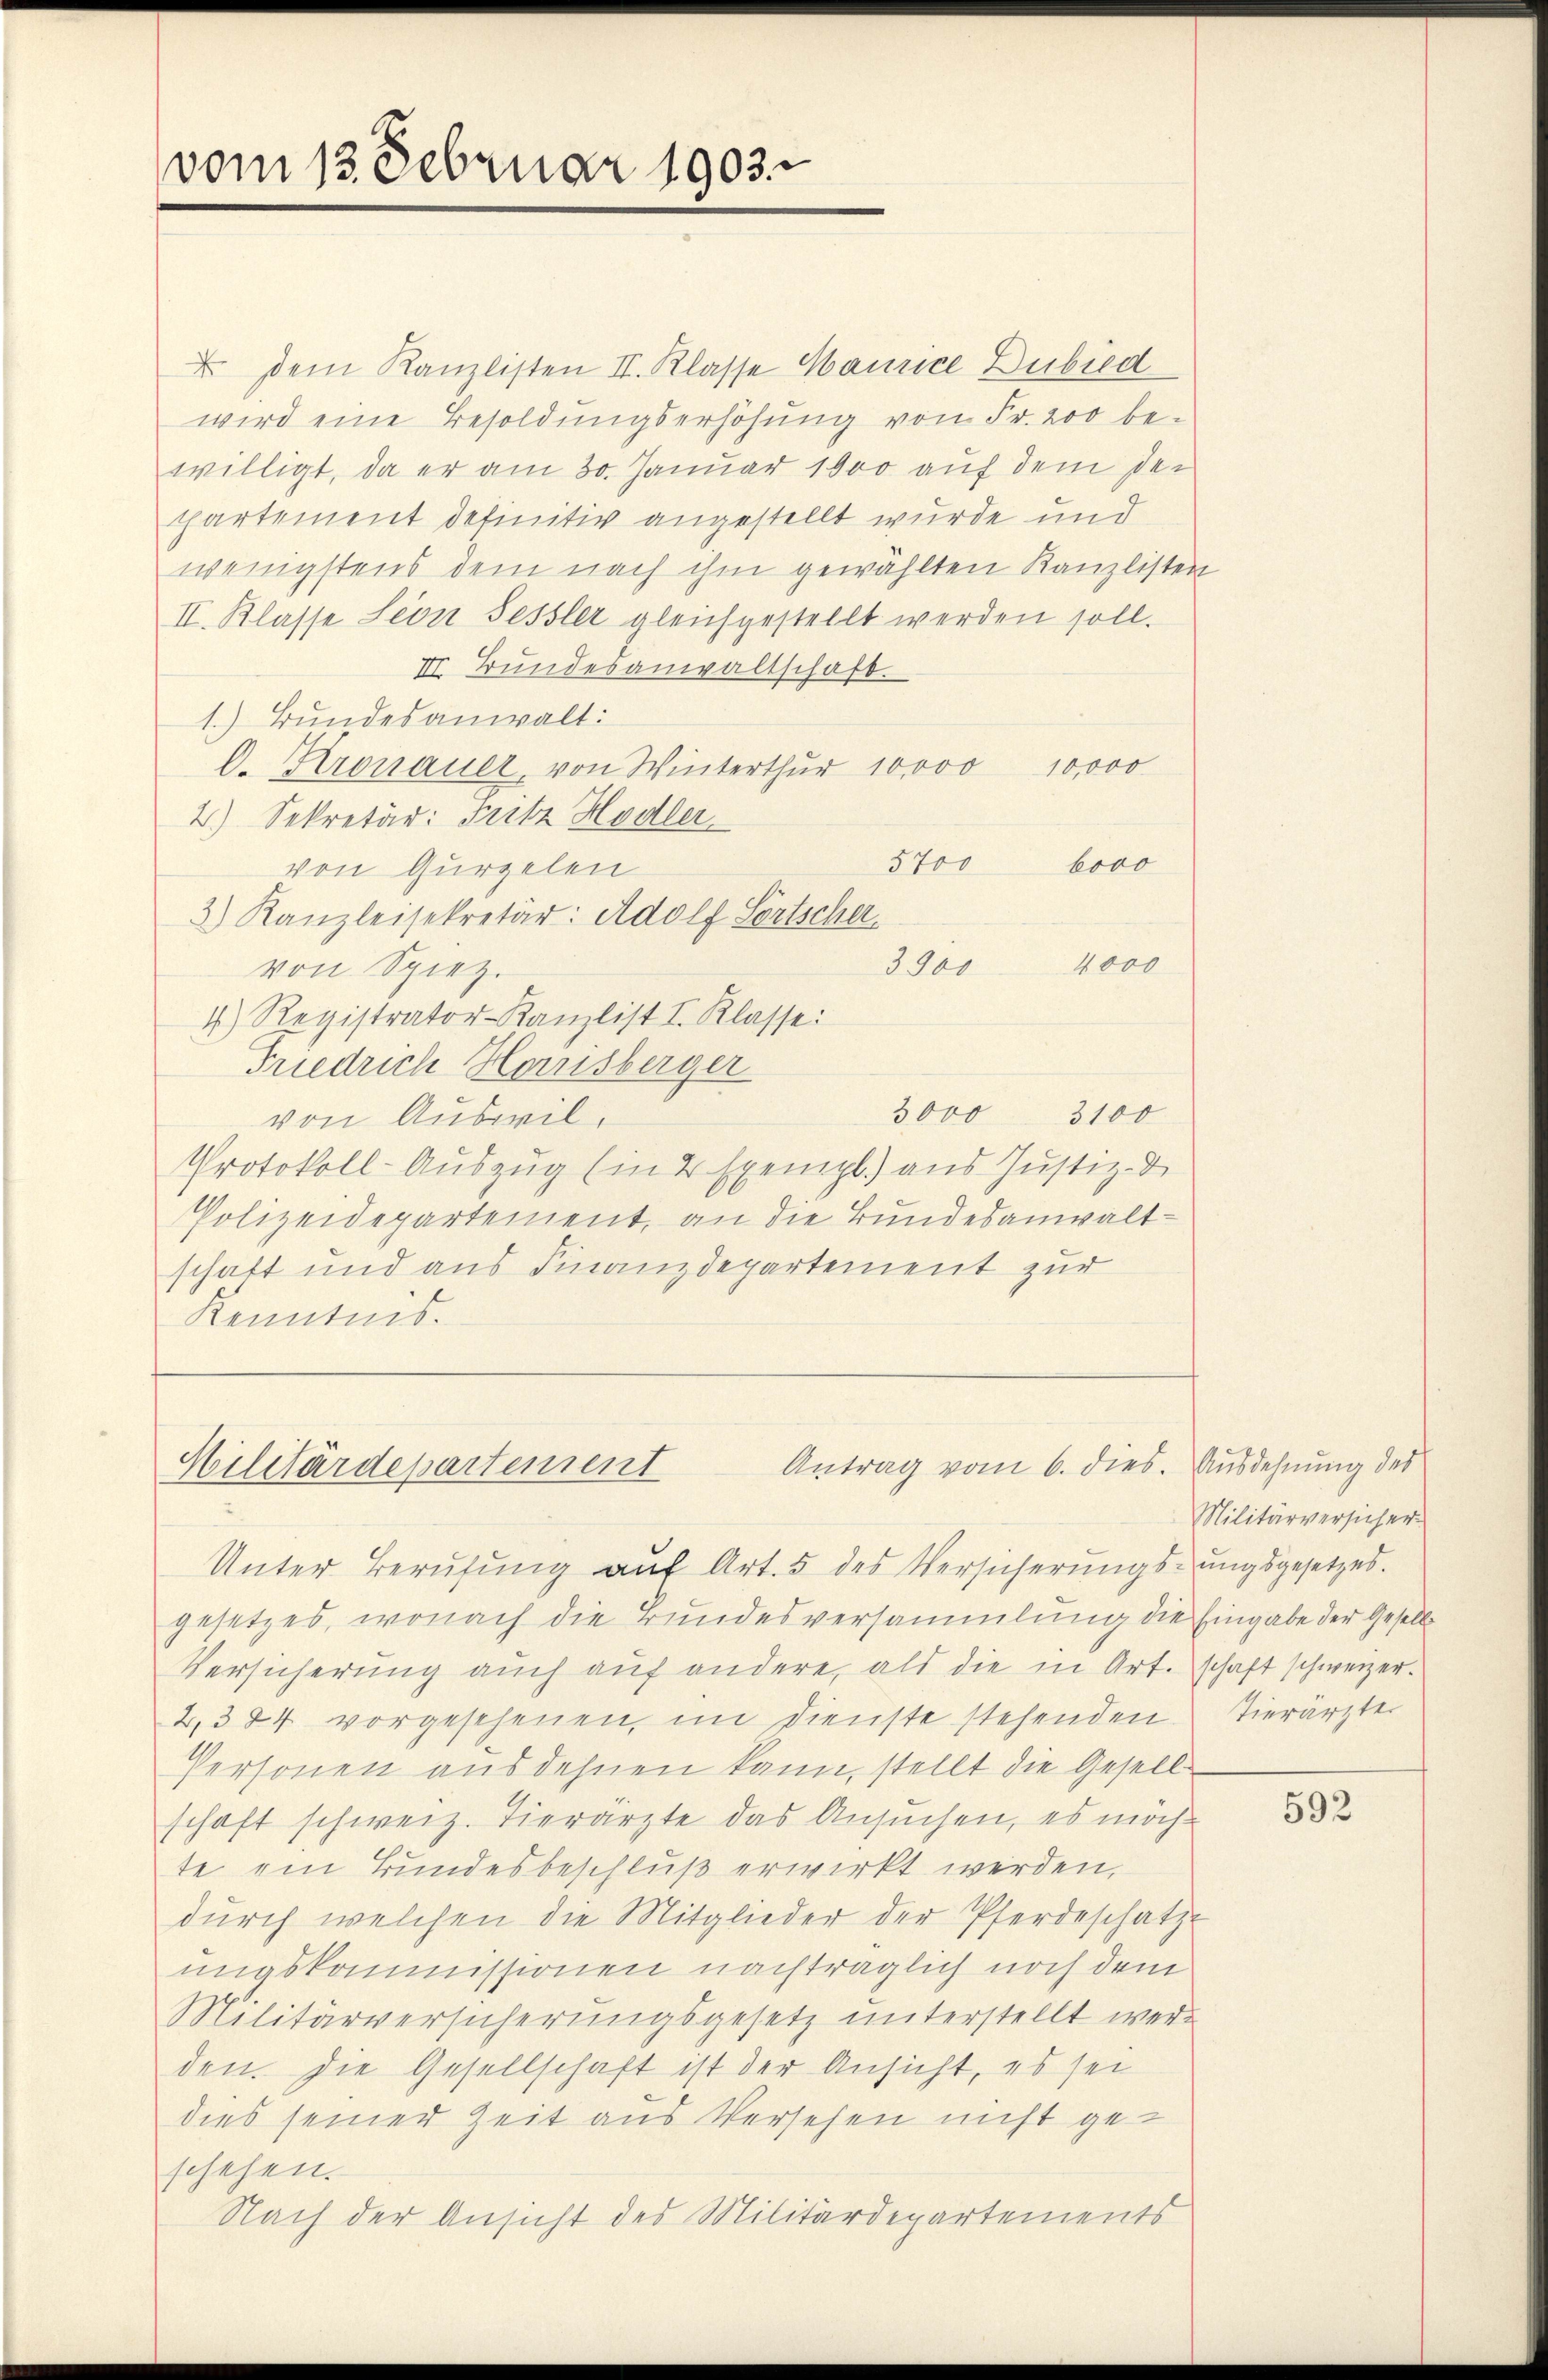
vom 13. Februar 1903.

dem Kanzlisten II. Klasse Maurice Dubied
wird eine Besoldungserhöhung von Fr. 200 be-
willigt, da er am 30. Januar 1900 auf dem der
chartement definitiv angestellt wurde und
wenigstens dem nach ihm gewählten Kanzlisten
II. Klasse Seon Sessler gleichgestellt werden soll.
III. Bundesanwaltschaft.
1.) Bundesanwalt:
D. Kronauer, von Winterthur 10000 10,000
2.) Sekretär: Fritz Hodler
5700 bevo
von Gurgelen
3) Kanzleisekretär: Adolf Sörtscher
4000
3900
von Spiez.
4) Registrator-Kanzlist I. Klasse:
Friedrich Hornisberger
3000
3100
von Auswil,
Protokoll-Auszug (in 2 Exempl.) aus Justiz- &
Polizeidepartement, an die Bundesanwaltschaft und aus Finanzdepartement zur
Kenntnis.

Antrag vom 6. dies. Ausdehnung des
Hilitärdepartement
Unter Berŭfŭng aŭf Art. 5 des Versicherŭngsŭngsgesetzes.

gesetzes, wonach die Bundesversammlung die Eingabe der Gesell
Versicherung auch auf andere, als die in Art. schaft schweizer.
2,384 vorgesehenen, im Dienste stehenden Tierärzte
Personen ausdehnen kann, stellt die Gesellschaft schweiz. Tierärzte das Ansuchen, es möchte ein Bundesbeschluß erwirkt werden,
dŭrch welchen die Mitglieder der Pferdeschatz-
ungskommissionen nachträglich noch dem
Militärversicherungsgesetz unterstellt werden. Die Gesellschaft ist der Ansicht, es sei
dies seiner Zeit aus Versehen nicht geschehen.
Nach der Ansicht des Militärdepartements

Militärversicher

592